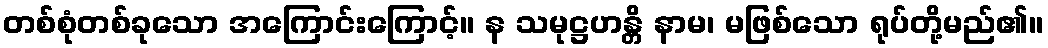
တစ်စုံတစ်ခုသော အကြောင်းကြောင့်။ န သမုဋ္ဌဟန္တိ နာမ၊ မဖြစ်သော ရုပ်တို့မည်၏။